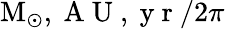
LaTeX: \textup{M}_{\odot},\mathrm{~A~U~},\mathrm{~y~r~}/2\pi